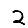
Digit: 2